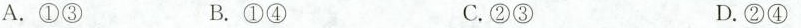
A.①③ B.①④ C.②③ D.②④